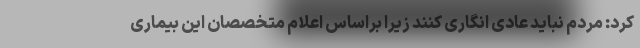
کرد: مردم نباید عادی انگاری کنند زیرا براساس اعلام متخصصان این بیماری